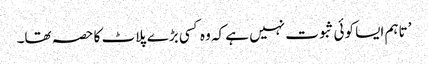
’تاہم ایسا کوئی ثبوت نہیں ہے کہ وہ کسی بڑے پلاٹ کا حصہ تھا۔